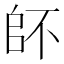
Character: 𠂾